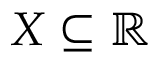
X \subseteq \mathbb { R }